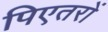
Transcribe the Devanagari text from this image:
पिएतरों